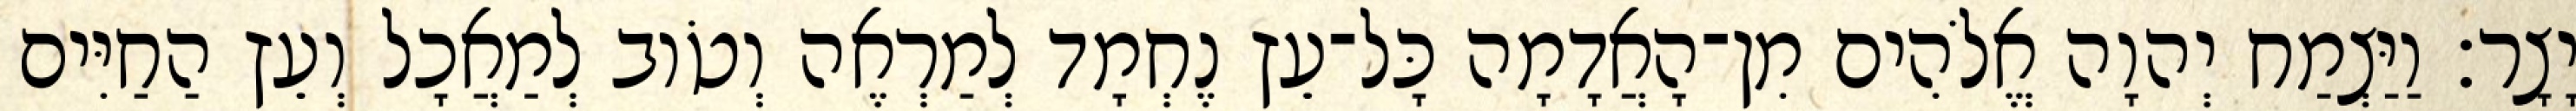
יָצָר׃ וַיַּצְמַח יְהוָה אֱלֹהִים מִן־הָאֲדָמָה כָּל־עֵץ נֶחְמָד לְמַרְאֶה וְטֹוב לְמַאֲכָל וְעֵץ הַחַיִּים